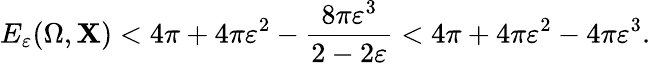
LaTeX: E_{\varepsilon}(\Omega,\mathbf{X})<4\pi+4\pi\varepsilon^{2}-\frac{{8\pi\varepsilon^{3}}}{{2-2\varepsilon}}<4\pi+4\pi\varepsilon^{2}-4\pi\varepsilon^{3}.